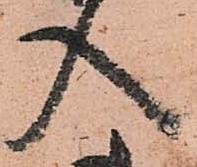
入